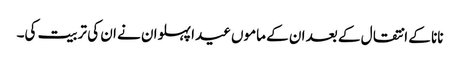
نانا کے انتقال کے بعد ان کے ماموں عیدا پہلوان نے ان کی تربیت کی۔